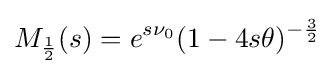
M_{\frac {1}{2}}(s)=e^{s\nu _{0}}(1-4s\theta )^{-{\frac {3}{2}}}